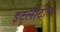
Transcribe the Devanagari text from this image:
इटलीटील